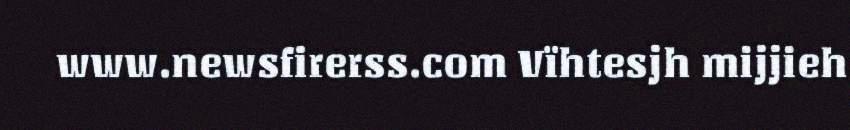
www.newsfirerss.com Vïhtesjh mijjieh